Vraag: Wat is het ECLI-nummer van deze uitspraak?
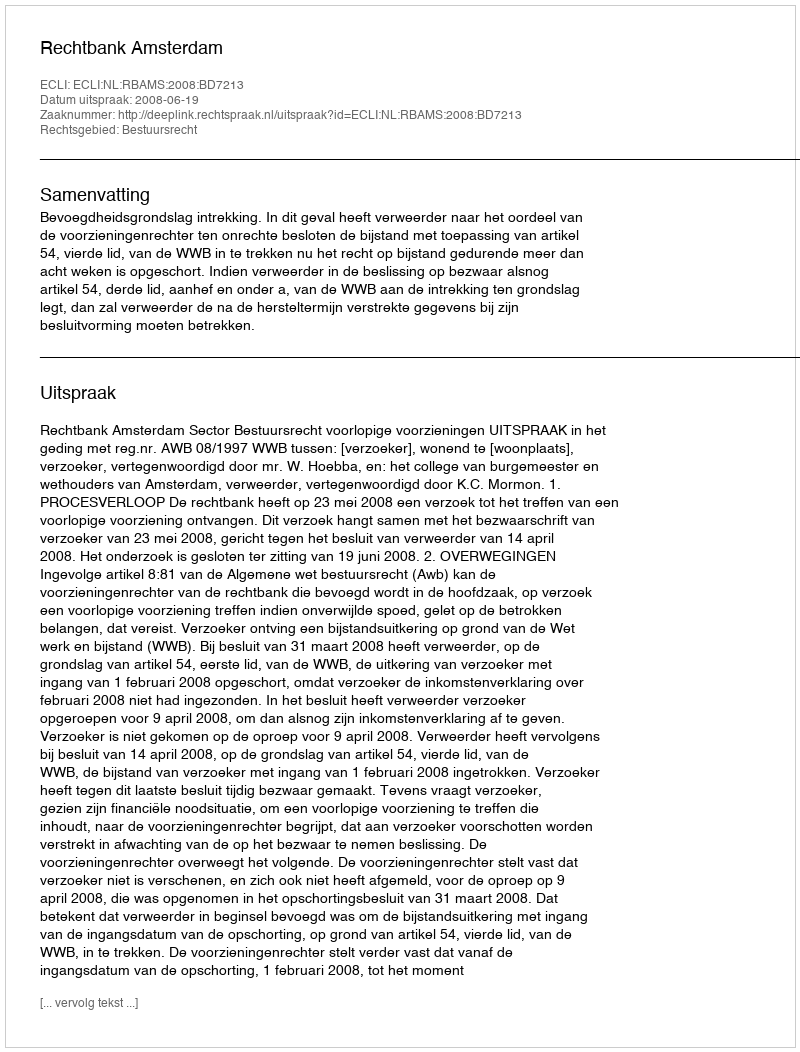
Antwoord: ECLI:NL:RBAMS:2008:BD7213